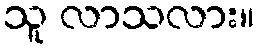
သူ လာသလား။